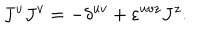
LaTeX: J ^ { u } J ^ { v } = - \delta ^ { u v } + \varepsilon ^ { u v z } J ^ { z } .